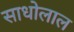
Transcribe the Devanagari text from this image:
साधोलाल